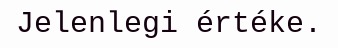
Jelenlegi értéke.